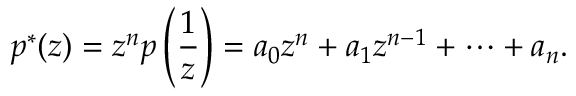
p ^ { * } ( z ) = z ^ { n } p \left( { \frac { 1 } { z } } \right) = a _ { 0 } z ^ { n } + a _ { 1 } z ^ { n - 1 } + \cdots + a _ { n } .